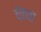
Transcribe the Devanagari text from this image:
चेतवा